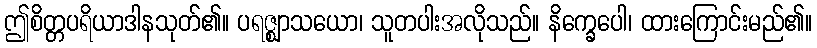
ဤစိတ္တပရိယာဒါနသုတ်၏။ ပရဇ္ဈာသယော၊ သူတပါးအလိုသည်။ နိက္ခေပေါ၊ ထားကြောင်းမည်၏။